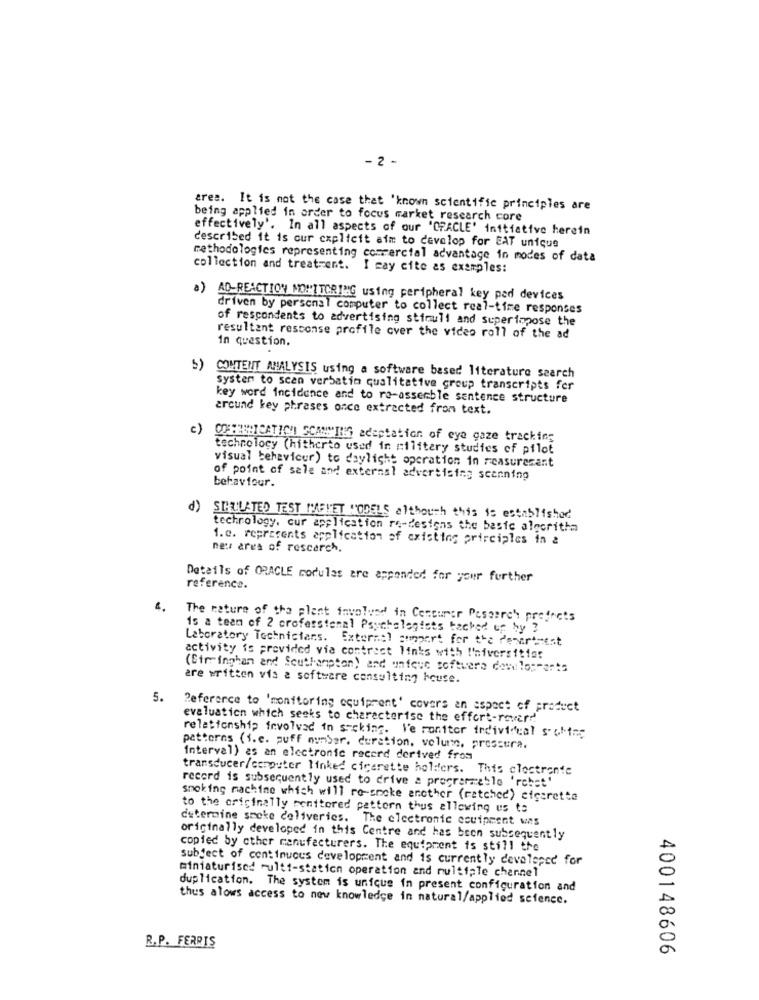
- 2 -
ares. It is not the case that 'known scientific principles are
being applied in order to focus market research core
effectively'. In all aspects of our 'ORACLE' initiative herein
described it is our explicit aim to develop for EAT unique
methodologies representing comercial advantage in modes of data
collection and treatment. I cay cite as examples:
a) AD-REACTION MONITORING using peripheral key pad devices
driven by personal computer to collect real-time responses
of rescondents to advertising stimuli and superimpose the
resultant resconse profile over the video roll of the ad
in question,
5) CONTENT ANALYSIS using a software based literature search
System to scan verbatim qualitative group transcripts fer
key word incidence and to re-assemble sentence structure
arcund key phrases once extracted from text.
c)
IHREICATION SCAMMING adaptation of eye gaze tracking
technology (hitherto used in military studies of pilot
visual behaviour) to daylight operation in reasuresant
of point of sale and external advertising scanning
behaviour.
d)
SHEULATED TEST MAFIET "ODELS although this is established
technology, cur application re-designs the basic algorithm
1.a. represents application of existing principles in &
neu area of rescarch,
Details of ORACLE modules are appended for your further
reference.
2.
The nature of the plant involved in Censurer Pesearch projects
is a team of 2 professional Psychologists backed up by ?
Laboratory Technicians. External support for the Pevirement
activity is provided via contract links with !'niversitier
(Birringhan and Southampton) and unique softwere damilosmarts
are written vis a software consulting house.
5.
Reference to 'monitoring equipment' covers an aspect of product
evaluation which seeks to characterise the effort-rover !!
relationship involved in s-cking. Ve monitor individual soling
patterns (S.c. puff number. duration, volume, pressura.
interval) as an electronic record derived from
transducer/computer linked cirerette holders. This clostrente
record is subsequently used to drive a programmable 'robot'
smoking machine which will re-smoke another (ratched) cigarette
to the originally menttered pattern thus allowing us to
determine spoke deliveries. The electronic ccuipment was
originally developed in this Centre and has been subsequently
copied by other manufacturers. The equipment is still the
subject of continuous development and is currently developed for
miniaturised multi-station operation and multiple channel
duplication. The system is unique in present configuration and
thus alows access to new knowledge in natural/applied science.
R.P. FERRIS
400148606